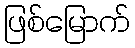
ဖြစ်မြောက်